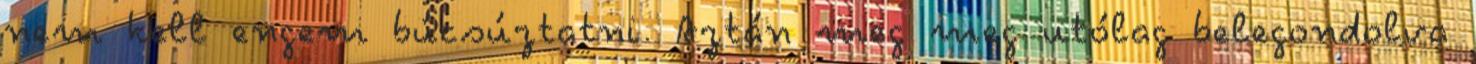
nem kell engem búcsúztatni. Aztán meg meg utólag belegondolva